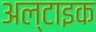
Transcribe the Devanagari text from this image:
अल्टाइक